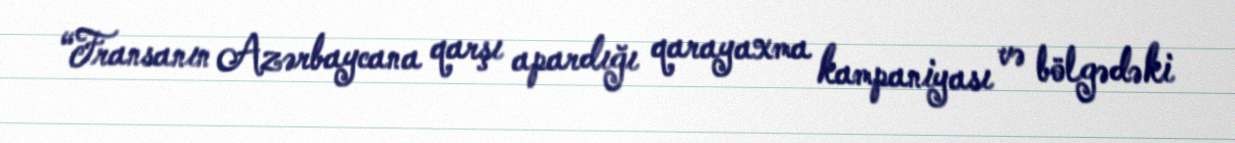
“Fransanın Azərbaycana qarşı apardığı qarayaxma kampaniyası və bölgədəki